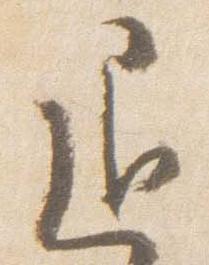
退